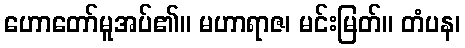
ဟောတော်မူအပ်၏။ မဟာရာဇ၊ မင်းမြတ်။ တံပန၊